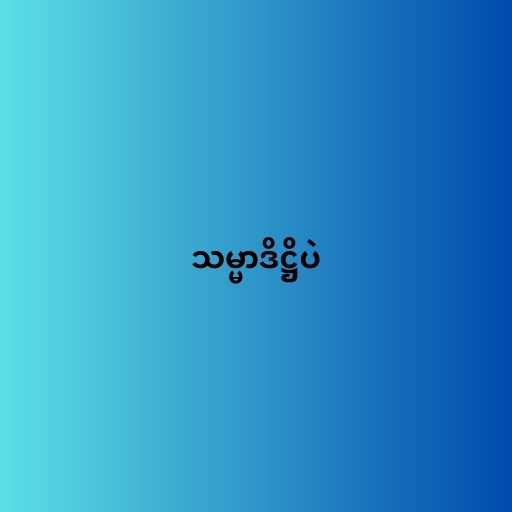
သမ္မာဒိဋ္ဌိပဲ